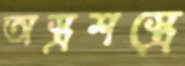
অস্ত্রশস্ত্রে